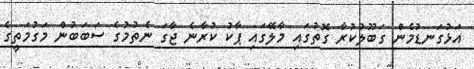
އަޅުގަނޑުމެން ގަބޫލުކުރާ ގޮތުގައި މާލޭގައި ޕާކު ކުރާނެ ޖާގަ ނެތުމުގެ ސަބަބުން މަގުމަތީގެ